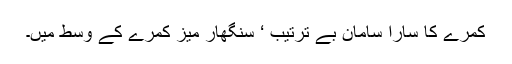
کمرے کا سارا سامان بے ترتیب ‘ سنگھار میز کمرے کے وسط میں۔